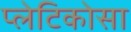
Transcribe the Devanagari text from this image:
प्लेटिकोसा